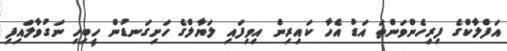
އަފްލާކްގެ ފިރިހެންވަންތަ އަޑު އެހާ ކައިރިން އިވިފައި ލަޔާލްގެ ހަށިގަނޑުން ހީބިހި ނަގުވާލައިފި